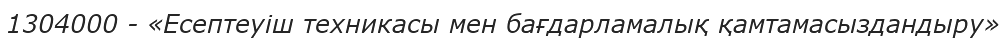
1304000 - «Есептеуіш техникасы мен бағдарламалық қамтамасыздандыру»